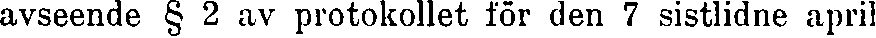
avseende § 2 av protokollet för den 7 sistlidne april